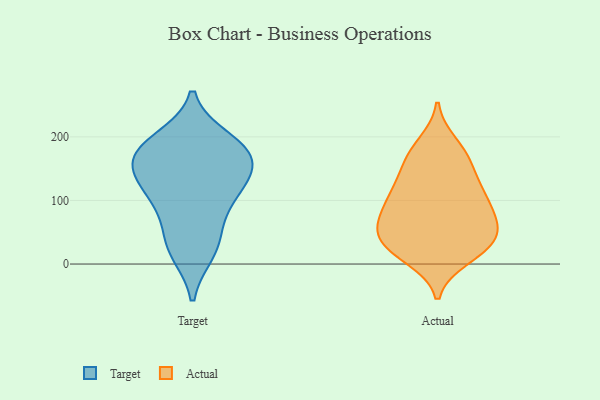
{"axis": {"x": "Population (Million)", "y": "Value"}, "legend": ["Actual", "Target"], "data": [{"x": "", "y": 103, "type": "Target"}, {"x": "", "y": 102, "type": "Target"}, {"x": "", "y": 195, "type": "Target"}, {"x": "", "y": 138, "type": "Target"}, {"x": "", "y": 166, "type": "Target"}, {"x": "", "y": 150, "type": "Target"}, {"x": "", "y": 185, "type": "Target"}, {"x": "", "y": 53, "type": "Target"}, {"x": "", "y": 26, "type": "Target"}, {"x": "", "y": 19, "type": "Target"}, {"x": "", "y": 121, "type": "Target"}, {"x": "", "y": 176, "type": "Target"}, {"x": "", "y": 175, "type": "Target"}, {"x": "", "y": 16, "type": "Actual"}, {"x": "", "y": 113, "type": "Actual"}, {"x": "", "y": 114, "type": "Actual"}, {"x": "", "y": 57, "type": "Actual"}, {"x": "", "y": 29, "type": "Actual"}, {"x": "", "y": 189, "type": "Actual"}, {"x": "", "y": 71, "type": "Actual"}, {"x": "", "y": 72, "type": "Actual"}, {"x": "", "y": 104, "type": "Actual"}, {"x": "", "y": 32, "type": "Actual"}, {"x": "", "y": 132, "type": "Actual"}, {"x": "", "y": 101, "type": "Actual"}, {"x": "", "y": 165, "type": "Actual"}, {"x": "", "y": 37, "type": "Actual"}, {"x": "", "y": 156, "type": "Actual"}, {"x": "", "y": 176, "type": "Actual"}, {"x": "", "y": 30, "type": "Actual"}, {"x": "", "y": 71, "type": "Actual"}, {"x": "", "y": 10, "type": "Actual"}, {"x": "", "y": 59, "type": "Actual"}]}